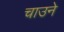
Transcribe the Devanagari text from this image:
चाउने